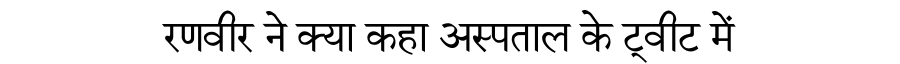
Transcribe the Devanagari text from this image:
रणवीर ने क्या कहा अस्पताल के ट्वीट में